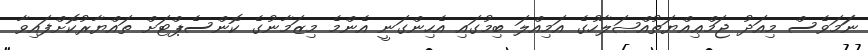
ނަަމަވެސް މިއަދު ޖަމްޢިއްޔަތުއްޞަލާހުގެ އަމިއްލަ ބިމުގައި އެހިންގަނީ އެންމެ މިޒަމާނުގެ ކޮންސެޕްޓަށް ތައްޔާރުކޮށްފައިވާ